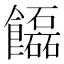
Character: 𩟬